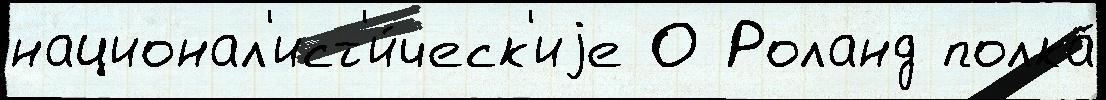
национал'ист'и́ческ'иjе О Роланд полка́